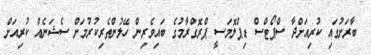
ބާރަށުގައި ކުރިއަށްދާ ސްޕޯޓްސް ޑިޕްލޮމަސީ ޕްރޮގްރާމުގެ ބައިވެރިން ހޭލުންތެރިކުރުމަށް ސެޝަނެއް ކުރިއަށް